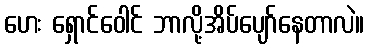
ဟေး ရှောင်ဝေါင် ဘာလို့အိပ်ပျော်နေတာလဲ။